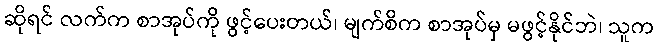
ဆိုရင် လက်က စာအုပ်ကို ဖွင့်ပေးတယ်၊ မျက်စိက စာအုပ်မှ မဖွင့်နိုင်ဘဲ၊ သူက